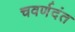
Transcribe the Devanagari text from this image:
चवर्णदंत